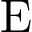
\mathrm { E }